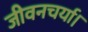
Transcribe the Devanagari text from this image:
जीवनचर्या।